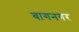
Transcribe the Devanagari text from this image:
बागनगर